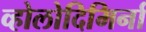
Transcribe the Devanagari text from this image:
व्होलोदिमिर्ना